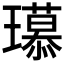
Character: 𤪶